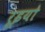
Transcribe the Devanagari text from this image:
रूइयो